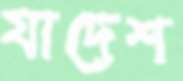
যাদেশ